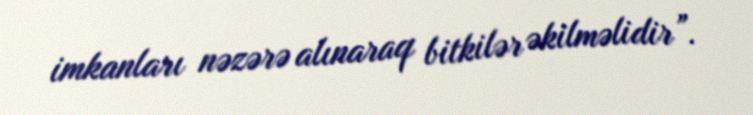
imkanları nəzərə alınaraq bitkilər əkilməlidir”.